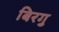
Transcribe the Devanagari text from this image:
बिरगु